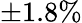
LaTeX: \pm 1.8\%